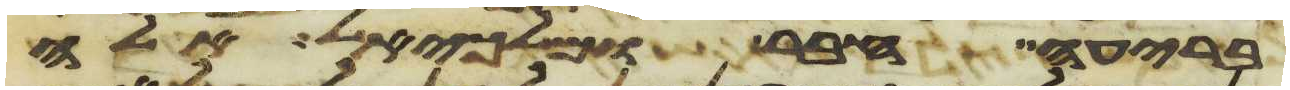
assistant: בריעה חבר ומלכיאל אלה